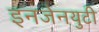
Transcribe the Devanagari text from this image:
इनजेनयुटी